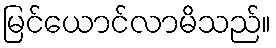
မြင်ယောင်လာမိသည်။